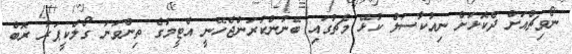
ނޯވިޗްއަށް ދެކޮޅަށް ނިއުކާސަލް ކުޅޭ މެޗުގައި ބޭނުންކުރަންޖެހޭނީ އެޓީމުގެ ތިންވަނަ ގޯލްކީޕަރު ރޮބް